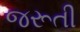
જરૂતી